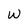
Character: w